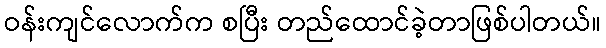
ဝန်းကျင်လောက်က စပြီး တည်ထောင်ခဲ့တာဖြစ်ပါတယ်။